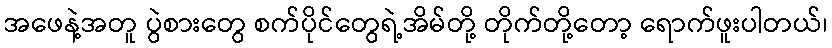
အဖေနဲ့အတူ ပွဲစားတွေ စက်ပိုင်တွေရဲ့အိမ်တို့ တိုက်တို့တော့ ရောက်ဖူးပါတယ်၊